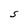
Character: S